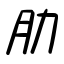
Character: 肋